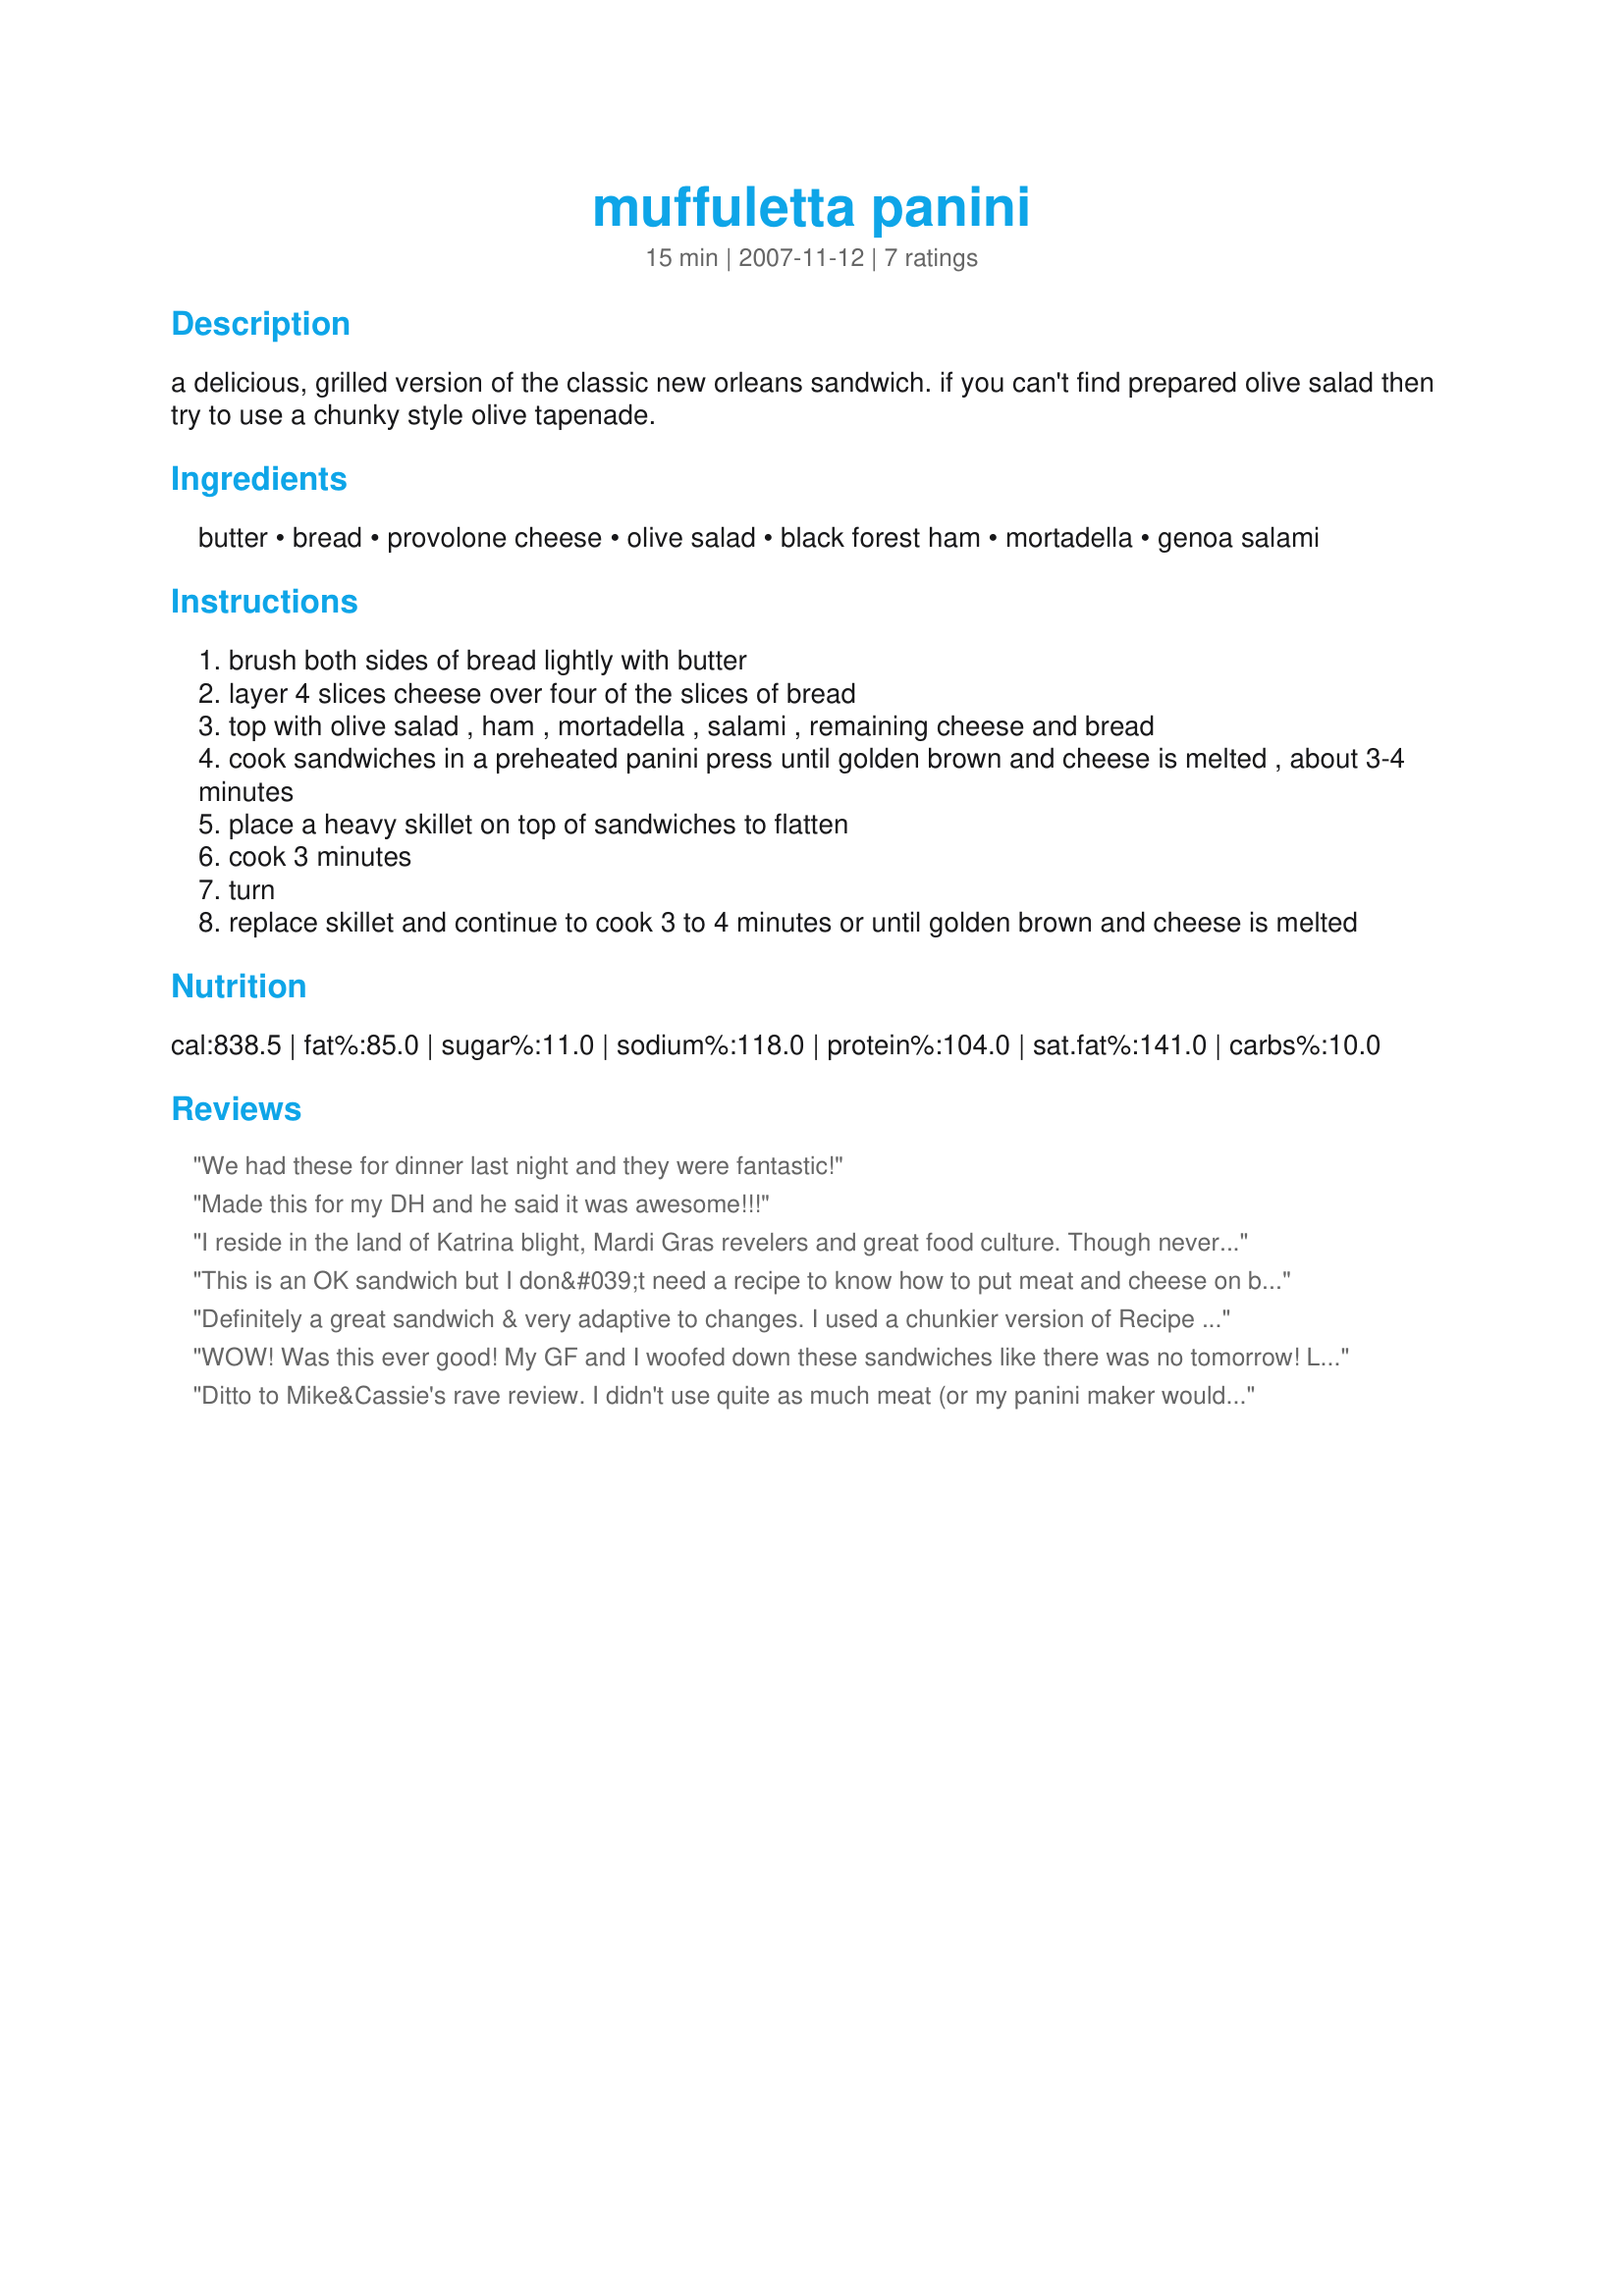
muffuletta panini
Preparation time: 15 minutes

a delicious, grilled version of the classic new orleans sandwich. if you can't find prepared olive salad then try to use a chunky style olive tapenade.

Ingredients:
butter, bread, provolone cheese, olive salad, black forest ham, mortadella, genoa salami

Steps:
brush both sides of bread lightly with butter
layer 4 slices cheese over four of the slices of bread
top with olive salad , ham , mortadella , salami , remaining cheese and bread
cook sandwiches in a preheated panini press until golden brown and cheese is melted , about 3-4 minutes
place a heavy skillet on top of sandwiches to flatten
cook 3 minutes
turn
replace skillet and continue to cook 3 to 4 minutes or until golden brown and cheese is melted

Reviews:
We had these for dinner last night and they were fantastic!
Made this for my DH and he said it was awesome!!!
I reside in the land of Katrina blight, Mardi Gras revelers and great food culture. Though never a dull moment, I don't know what would make me cry more...eating massive amounts of muffulettas or never having it in my life again. Made for Best of 2010.
This is an OK sandwich but I don&#039;t need a recipe to know how to put meat and cheese on bread. The true heart of a muffuletta is the olive salad. That&#039;s the crux of the recipe. And it&#039;s sadly missing here.
Definitely a great sandwich & very adaptive to changes. I used a chunkier version of Recipe #456032 for the olive salad and sliced turkey. We'll make these again!
WOW! Was this ever good! My GF and I woofed down these sandwiches like there was no tomorrow! Loved them! Mike
Ditto to Mike&Cassie's rave review. I didn't use quite as much meat (or my panini maker wouldn't have been able to close). This is an easy big easy treat!
